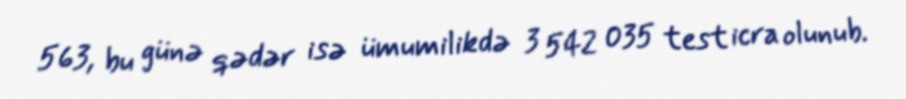
563, bu günə qədər isə ümumilikdə 3 542 035 test icra olunub.